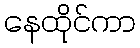
နေထိုင်ကာ